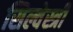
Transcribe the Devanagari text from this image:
सिल्वेस्त्री